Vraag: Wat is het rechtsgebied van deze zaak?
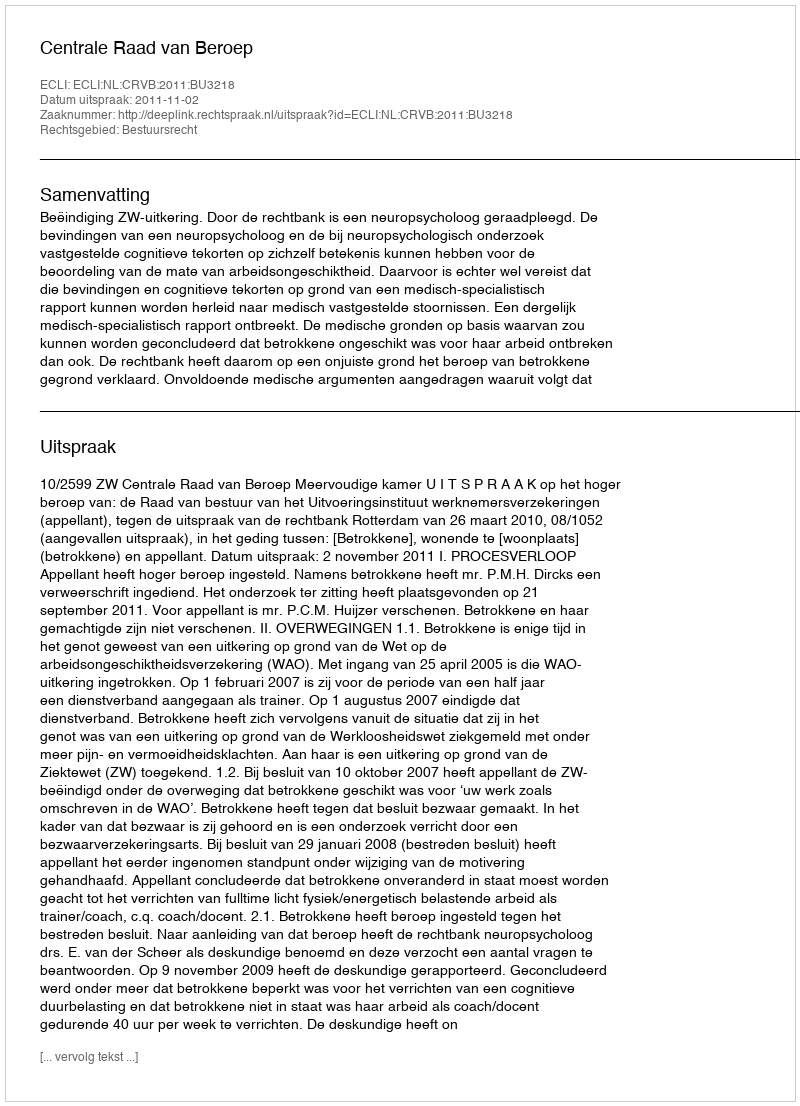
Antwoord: Bestuursrecht